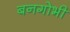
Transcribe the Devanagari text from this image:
बनगोभी